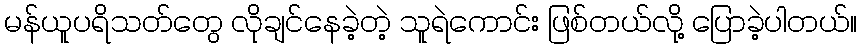
မန်ယူပရိသတ်တွေ လိုချင်နေခဲ့တဲ့ သူရဲကောင်း ဖြစ်တယ်လို့ ပြောခဲ့ပါတယ်။